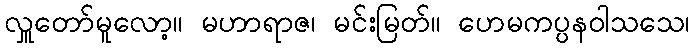
လှူတော်မူလော့။ မဟာရာဇ၊ မင်းမြတ်။ ဟေမကပ္ပနဝါသသေ၊